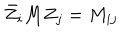
\bar { Z } _ { i } M Z _ { j } = M _ { i j }